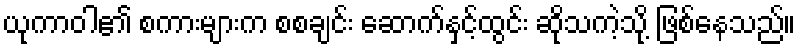
ယုကာဝါ၏ စကားများက စစချင်း ဆောက်နှင့်ထွင်း ဆိုသကဲ့သို့ ဖြစ်နေသည်။